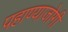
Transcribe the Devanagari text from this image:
पहाण्याजोगी